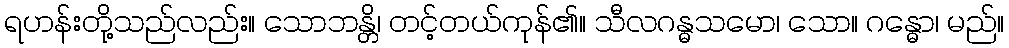
ရဟန်းတို့သည်လည်း။ သောဘန္တိ၊ တင့်တယ်ကုန်၏။ သီလဂန္ဓသမော၊ သော။ ဂန္ဓော၊ မည်။